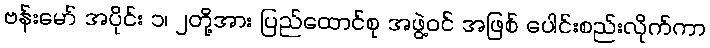
ဗန်းမော် အပိုင်း ၁၊ ၂တို့အား ပြည်ထောင်စု အဖွဲ့ဝင် အဖြစ် ပေါင်းစည်းလိုက်ကာ